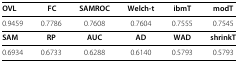
<table><thead><tr><td><b>OVL</b></td><td><b>FC</b></td><td><b>SAMROC</b></td><td><b>Welch-t</b></td><td><b>ibmT</b></td><td><b>modT</b></td></tr></thead><tbody><tr><td>0.9459</td><td>0.7786</td><td>0.7608</td><td>0.7604</td><td>0.7555</td><td>0.7545</td></tr><tr><td><b>SAM</b></td><td><b>RP</b></td><td><b>AUC</b></td><td><b>AD</b></td><td><b>WAD</b></td><td><b>shrinkT</b></td></tr><tr><td>0.6934</td><td>0.6733</td><td>0.6288</td><td>0.6140</td><td>0.5793</td><td>0.5793</td></tr></tbody></table>